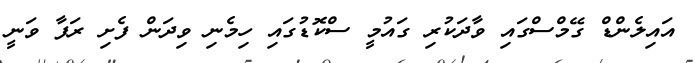
އައިލެންޑް ގޭމްސްގައި ވާދަކުރި ގައުމީ ސްކޮޑުގައި ހިމެނި ވިދަން ފެށި ރަފާ ވަނީ